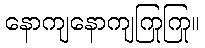
နောကျနောကျကြုကြု။